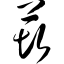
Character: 莰